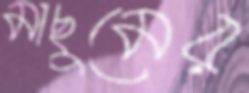
মাছুমের